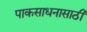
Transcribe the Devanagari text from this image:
पाकसाधनासाठी